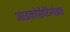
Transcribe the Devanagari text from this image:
आइकोसैपेंटेनोइक